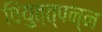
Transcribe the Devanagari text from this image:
वियुत्त्पन्न